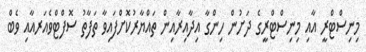
މިނިސްޓްރީ އާއި މިނިސްޓްރީގެ ދަށުން ހިންގާ އިދާއިރާއިން ތައްޔާރުކޮށްފައިވާ ތަފާތު ސޮފްޓްވެއަރއާއި ވެބް